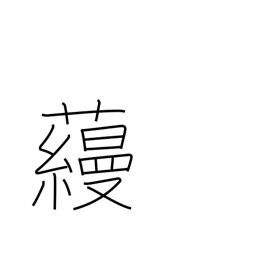
Meaning: surname